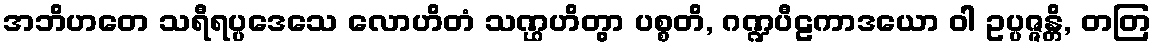
အဘိဟတေ သရီရပ္ပဒေသေ လောဟိတံ သဏ္ဌဟိတွာ ပစ္စတိ, ဂဏ္ဍပီဠကာဒယော ဝါ ဥပ္ပဇ္ဇန္တိ, တတြ